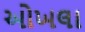
ઓખલા